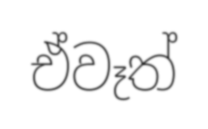
ඒවෑත්